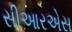
સીઆરએસ